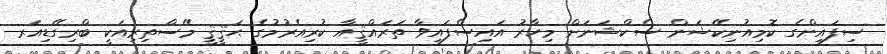
ސިފައިންގެ ކޮމިއުނިކޭޝަން ސެކްޝަނަށް މިހާރު އައިސްފައިވާ ތަރައްޤީއާ ކުރިއެރުމުގެ ޙަޤީޤީ މޭސްތިރިއަކީ ބްރިގޭޑިއަރ